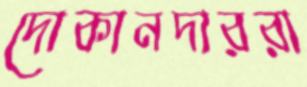
দোকানদাররা